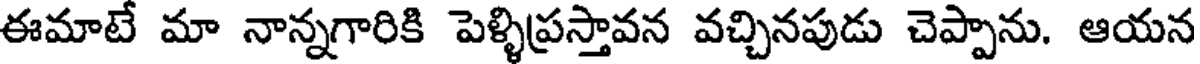
ఈమాటే మా నాన్నగారికి పెళ్ళిప్రస్తావన వచ్చినపుడు చెప్పాను. ఆయన